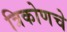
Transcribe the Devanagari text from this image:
त्रिकोणचे